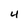
Character: 4